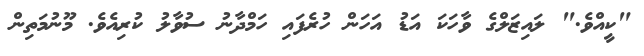
"ކީއްވެ." ލައިޒަލްގެ ވާހަކަ އަޑު އަހަން ހުރެފައި ހަމްދާނު ސުވާލު ކުރިއެވެ. މޫނުމަތިން